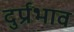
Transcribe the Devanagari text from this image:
दुर्प्रभाव